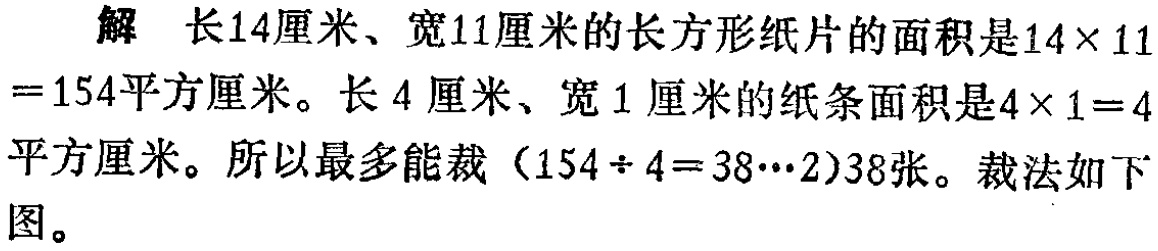
解 长14厘米、宽11厘米的长方形纸片的面积是\(14\times 11 = 154\)平方厘米。长4厘米、宽1厘米的纸条面积是\(4\times 1 = 4\)平方厘米。所以最多能裁（\(154\div 4 = 38\cdots2\)）38张。裁法如下图。